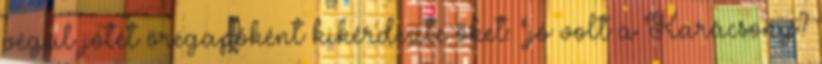
végül jótét öregapóként kikérdezte őket: "jó volt a Karácsony?